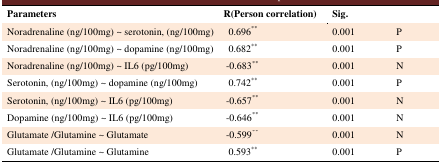
| Parameters | R(Person correlation) | Sig. |  |
 | --- | --- | --- | --- |
 | Noradrenaline (ng/100mg) ~serotonin, (ng/100mg) | 0.696** | 0.001 | P |
 | Noradrenaline (ng/100mg) ~ dopamine (ng/100mg) | 0.682** | 0.001 | P |
 | Noradrenaline (ng/100mg) ~ IL6(pg/100mg) | -0.683** | 0.001 | N |
 | Serotonin, (ng/100mg) ~ dopamine (ng/100mg) | 0.742** | 0.001 | P |
 | Serotonin, (ng/100mg) ~ IL6(pg/100mg) | -0.657** | 0.001 | N |
 | Dopamine (ng/100mg) ~ IL6 (pg/100mg) | -0.646** | 0.001 | N |
 | Glutamate/Glutamine ~ Glutamate | -0.599** | 0.001 | N |